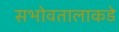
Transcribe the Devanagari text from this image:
सभोवतालाकडे